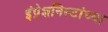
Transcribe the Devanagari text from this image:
इंप्रेशनिस्टांच्या